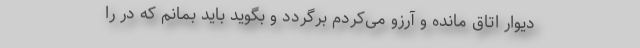
دیوار اتاق مانده و آرزو می‌کردم برگردد و بگوید باید بمانم که در را